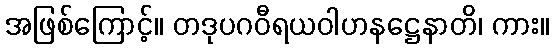
အဖြစ်ကြောင့်။ တဒုပဂဝီရယဝါဟနဋ္ဌေနာတိ၊ ကား။